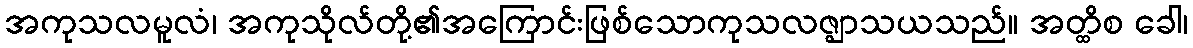
အကုသလမူလံ၊ အကုသိုလ်တို့၏အကြောင်းဖြစ်သောကုသလဇ္ဈာသယသည်။ အတ္ထိစ ခေါ၊